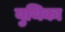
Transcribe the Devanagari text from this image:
युथिका